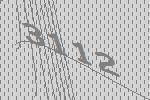
3112